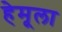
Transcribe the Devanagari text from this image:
हेमूला